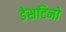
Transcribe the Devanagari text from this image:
डेसटिनो